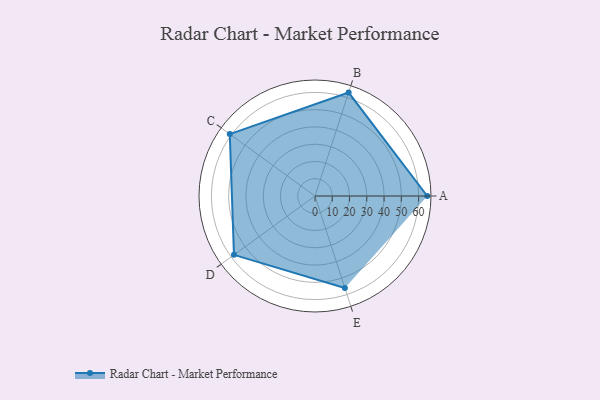
{"axis": {"x": "Skill", "y": "Score"}, "legend": ["Profile"], "data": [{"x": "A", "y": 65.0, "type": "Profile"}, {"x": "B", "y": 63.0, "type": "Profile"}, {"x": "C", "y": 61.0, "type": "Profile"}, {"x": "D", "y": 58.0, "type": "Profile"}, {"x": "E", "y": 56.0, "type": "Profile"}]}